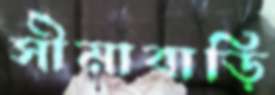
সীমাবাড়ি